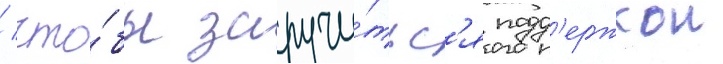
/ что́бы заручи́тьс'я подд'ержкои